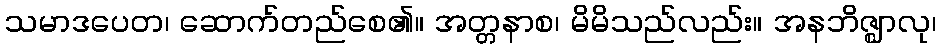
သမာဒပေတ၊ ဆောက်တည်စေ၏။ အတ္တနာစ၊ မိမိသည်လည်း။ အနဘိဇ္ဈာလု၊